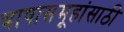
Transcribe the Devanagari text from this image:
भाषासमूहांसाठी